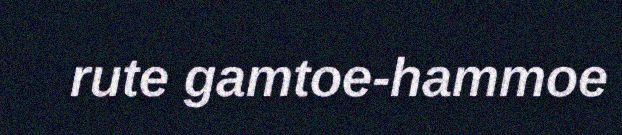
rute gamtoe-hammoe